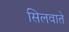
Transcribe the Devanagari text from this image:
सिलवाते